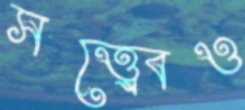
সত্ত্ব্বেও